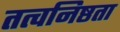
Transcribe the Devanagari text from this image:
तत्वनिष्ठता